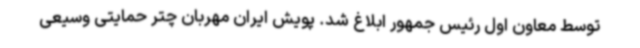
توسط معاون اول رئیس جمهور ابلاغ شد. پویش ایران مهربان چتر حمایتی وسیعی